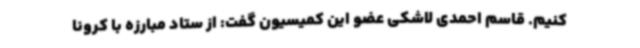
کنیم. قاسم احمدی لاشکی عضو این کمیسیون گفت: از ستاد مبارزه با کرونا